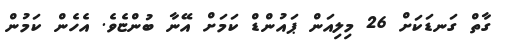
ގާތް ގަނޑަކަށް 26 މިލިއަން ޕައުންޑް ކަމަށް އޭނާ ބުންޏެވެ. އެހެން ކަމުން